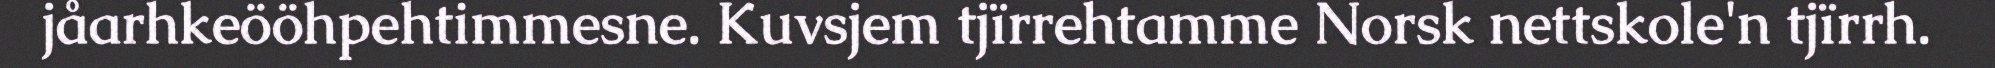
jåarhkeööhpehtimmesne. Kuvsjem tjïrrehtamme Norsk nettskole'n tjïrrh.